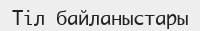
Тіл байланыстары